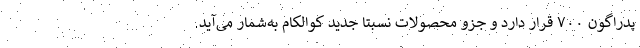
پدراگون ۷۰۰ قرار دارد و جزو محصولات نسبتا جدید کوالکام به‌شمار می‌آید.